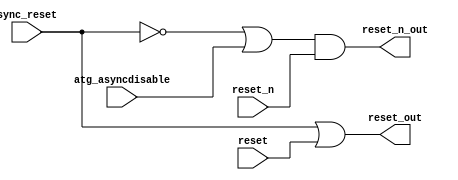
/**********************************************************************/
/*                                                                    */
/*             -------                                                */
/*            /   SOC  \                                              */
/*           /    GEN   \                                             */
/*          /     LIB    \                                            */
/*          ==============                                            */
/*          |            |                                            */
/*          |____________|                                            */
/*                                                                    */
/*  Generic model to convert sync reset to async                      */
/*                                                                    */
/*                                                                    */
/*  Author(s):                                                        */
/*      - John Eaton, jt_eaton@opencores.org                          */
/*                                                                    */
/**********************************************************************/
/*                                                                    */
/*    Copyright (C) <2010>  <Ouabache Design Works>                   */
/*                                                                    */
/*  This source file may be used and distributed without              */
/*  restriction provided that this copyright statement is not         */
/*  removed from the file and that any derivative work contains       */
/*  the original copyright notice and the associated disclaimer.      */
/*                                                                    */
/*  This source file is free software; you can redistribute it        */
/*  and/or modify it under the terms of the GNU Lesser General        */
/*  Public License as published by the Free Software Foundation;      */
/*  either version 2.1 of the License, or (at your option) any        */
/*  later version.                                                    */
/*                                                                    */
/*  This source is distributed in the hope that it will be            */
/*  useful, but WITHOUT ANY WARRANTY; without even the implied        */
/*  warranty of MERCHANTABILITY or FITNESS FOR A PARTICULAR           */
/*  PURPOSE.  See the GNU Lesser General Public License for more      */
/*  details.                                                          */
/*                                                                    */
/*  You should have received a copy of the GNU Lesser General         */
/*  Public License along with this source; if not, download it        */
/*  from http://www.opencores.org/lgpl.shtml                          */
/*                                                                    */
/**********************************************************************/


module 
cde_asyncdisable
#(parameter    WIDTH = 1      ) 
(
   input  wire               reset,                      
   input  wire               reset_n,                    
   input  wire               atg_asyncdisable,           
   input  wire [WIDTH - 1:0] sync_reset,   

   output wire [WIDTH - 1:0] reset_n_out,
   output wire [WIDTH - 1:0] reset_out
);

assign  reset_out   =   sync_reset                                 | {WIDTH{reset}};
assign  reset_n_out = (~sync_reset    | {WIDTH{atg_asyncdisable}}) & {WIDTH{reset_n}};
   
endmodule